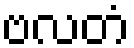
ဗလတံ